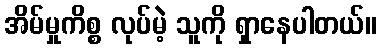
အိမ်မှုကိစ္စ လုပ်မဲ့ သူကို ရှာနေပါတယ်။